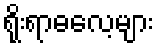
ရိုးရာဓလေ့များ